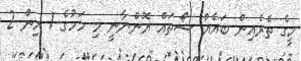
މީގެ ތެރެއިން ބައެއް ޝޯތައް އޮންނާނީ މި މަހުގެ 1 އިން 2